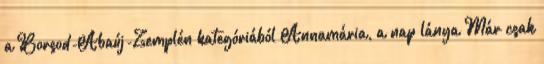
a Borsod-Abaúj-Zemplén kategóriából Annamária, a nap lánya Már csak